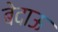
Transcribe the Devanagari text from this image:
बेदाऊ